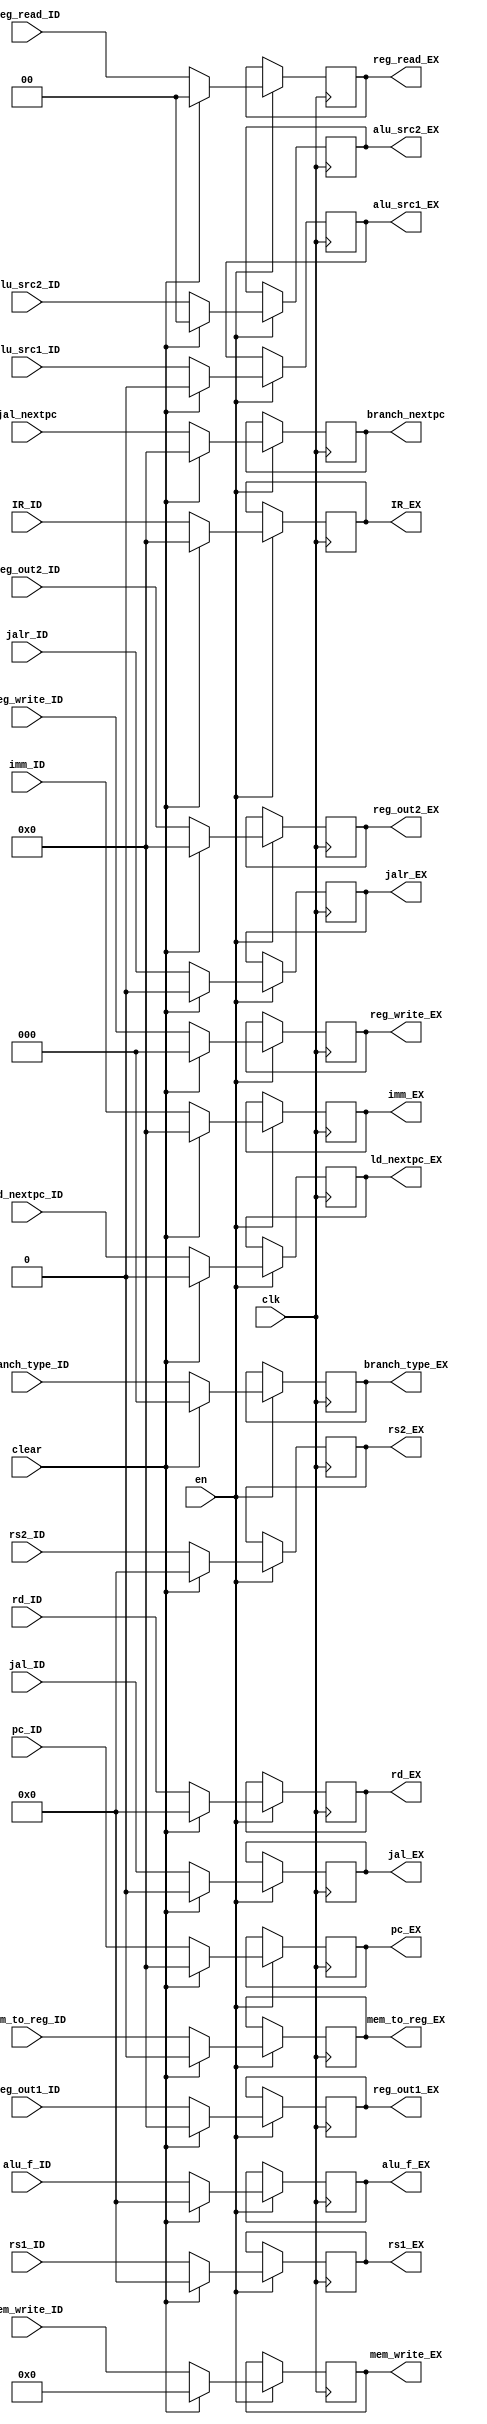
module EX_reg(
           input clk,
           input en,
           input clear,
           input [31: 0]      IR_ID,
           output reg [31: 0] IR_EX,    
           input [31: 0]      pc_ID,
           output reg [31: 0] pc_EX,
           input [31: 0]      jal_nextpc,
           output reg [31: 0] branch_nextpc, 
           input [31: 0]      imm_ID,
           output reg [31: 0] imm_EX,
           input [4: 0]       rd_ID,
           output reg [4: 0]  rd_EX,
           input [4: 0]       rs1_ID,
           output reg [4: 0]  rs1_EX,
           input [4: 0]       rs2_ID,
           output reg [4: 0]  rs2_EX,
           input [31: 0]      reg_out1_ID,
           output reg [31: 0] reg_out1_EX,
           input [31: 0]      reg_out2_ID,
           output reg [31: 0] reg_out2_EX,
           input              jal_ID,
           output reg         jal_EX,
           input              jalr_ID,
           output reg         jalr_EX,
           input [2: 0] reg_write_ID,
           output reg [2: 0]  reg_write_EX,
           input              mem_to_reg_ID,
           output reg         mem_to_reg_EX,
           input [3: 0]       mem_write_ID,
           output reg [3: 0]  mem_write_EX,
           input              ld_nextpc_ID,
           output reg         ld_nextpc_EX,
           input [1: 0]       reg_read_ID,
           output reg [1: 0]  reg_read_EX,
           input [2: 0]       branch_type_ID,
           output reg [2: 0]  branch_type_EX,
           input [4: 0]       alu_f_ID,
           output reg [4: 0]  alu_f_EX,
           input              alu_src1_ID,
           output reg         alu_src1_EX,
           input [1: 0]       alu_src2_ID,
           output reg [1: 0]  alu_src2_EX
       );
initial begin
    IR_EX = 32'b0;
    pc_EX = 32'b0;
    branch_nextpc = 32'b0;
    imm_EX = 32'b0;
    rd_EX = 32'b0;
    rs1_EX = 5'b0;
    rs2_EX = 5'b0;
    reg_out1_EX = 32'b0;
    reg_out2_EX = 32'b0;
    jalr_EX = 1'b0;
    jal_EX = 1'b0;
    reg_write_EX = 1'b0;
    mem_to_reg_EX = 1'b0;
    mem_write_EX = 1'b0;
    ld_nextpc_EX = 1'b0;
    reg_read_EX = 2'b00;
    branch_type_EX = 3'b0;
    alu_f_EX = 5'b0;
    alu_src1_EX = 1'b0;
    alu_src2_EX = 2'b0;
end

always@(posedge clk) begin
    if (en)
        if (clear)
        begin
            IR_EX <= 32'b0;
            pc_EX <= 32'b0;
            branch_nextpc <= 32'b0;
            imm_EX <= 32'b0;
            rd_EX <= 32'b0;
            rs1_EX <= 5'b0;
            rs2_EX <= 5'b0;
            reg_out1_EX <= 32'b0;
            reg_out2_EX <= 32'b0;
            jalr_EX <= 1'b0;
            jal_EX = 1'b0;
            reg_write_EX <= 1'b0;
            mem_to_reg_EX <= 1'b0;
            mem_write_EX <= 1'b0;
            ld_nextpc_EX <= 1'b0;
            reg_read_EX <= 2'b00;
            branch_type_EX = 3'b0;
            alu_f_EX <= 5'b0;
            alu_src1_EX <= 1'b0;
            alu_src2_EX <= 2'b0;
        end 
        else begin
            IR_EX <= IR_ID;
            pc_EX <= pc_ID;
            branch_nextpc <= jal_nextpc;
            imm_EX <= imm_ID;
            rd_EX <= rd_ID;
            rs1_EX <= rs1_ID;
            rs2_EX <= rs2_ID;
            reg_out1_EX <= reg_out1_ID;
            reg_out2_EX <= reg_out2_ID;
            jalr_EX <= jalr_ID;
            jal_EX <= jal_ID;
            reg_write_EX = reg_write_ID;
            mem_to_reg_EX <= mem_to_reg_ID;
            mem_write_EX <= mem_write_ID;
            ld_nextpc_EX <= ld_nextpc_ID;
            reg_read_EX <= reg_read_ID;
            branch_type_EX = branch_type_ID;
            alu_f_EX <= alu_f_ID;
            alu_src1_EX <= alu_src1_ID;
            alu_src2_EX <= alu_src2_ID;
    end
end





endmodule